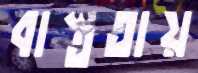
বাস্ততায়